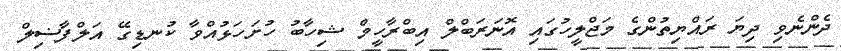
ދެންނެވި ދިޔަ ރައްޔިތުންގެ މަޖްލީހުގައި އޮނަރަބްލް އިބްރާހީމް ޝިހާބު ހުށަހަޅުއްވާ ކުނޑިގޭ އަލްފާޟިލް